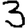
Digit: 3